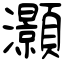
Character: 灝